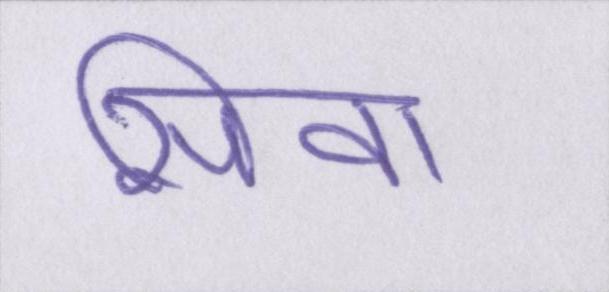
सिवा